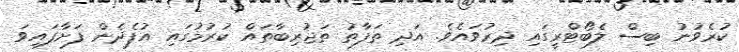
ކުރެވުނު ބިސް ލެބޯޓްރީގައި ދިރުވައެވެ. އަދި ތަފާތު ތަޖުރިބާތައް ކުރުމުގައި އުފެދެން ފަށާފައިވަ